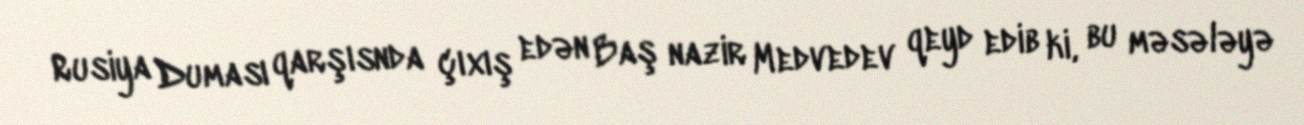
Rusiya Duması qarşısnda çıxış edən Baş nazir Medvedev qeyd edib ki, bu məsələyə